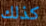
كذلك